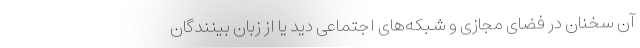
آن سخنان در فضای مجازی و شبکه‌های اجتماعی دید یا از زبان بینندگان